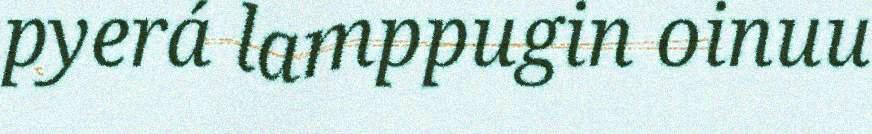
pyerá lamppugin oinuu